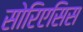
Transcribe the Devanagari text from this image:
सोरिएसिस